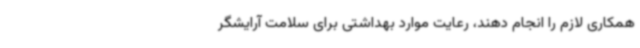
همکاری لازم را انجام دهند، رعایت موارد بهداشتی برای سلامت آرایشگر